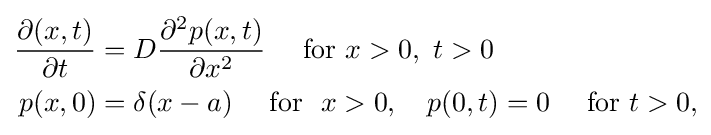
{\begin{aligned}{\frac {\partial (x,t)}{\partial t}}&=D{\frac {\partial ^{2}p(x,t)}{\partial x^{2}}}\quad {\mbox{ for }}x>0,\ t>0\\p(x,0)&=\delta (x-a)\quad {\mbox{ for }}\ x>0,\quad p(0,t)=0\quad {\mbox{ for }}t>0,\end{aligned}}